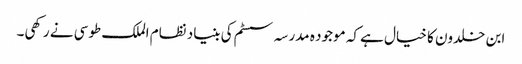
ابن خلدون کا خیال ہے کہ موجود ہ مدرسہ سسٹم کی بنیاد نظام الملک طوسی نے رکھی۔